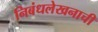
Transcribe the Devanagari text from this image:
निबंधलेखनाची